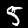
Digit: 5